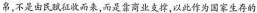
帛，不是由民赋征收而来，而是靠商业支撑，以此作为国家生存的